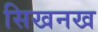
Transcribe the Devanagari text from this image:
सिखनख